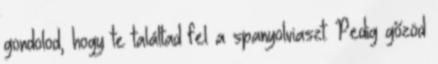
gondolod, hogy te találtad fel a spanyolviaszt. Pedig gőzöd